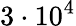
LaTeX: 3\cdot 10^{4}